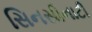
સિનસીનાટી